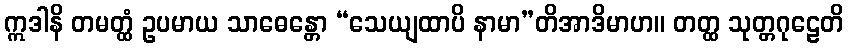
ဣဒါနိ တမတ္ထံ ဥပမာယ သာဓေန္တော “သေယျထာပိ နာမာ”တိအာဒိမာဟ။ တတ္ထ သုတ္တဂုဠေတိ